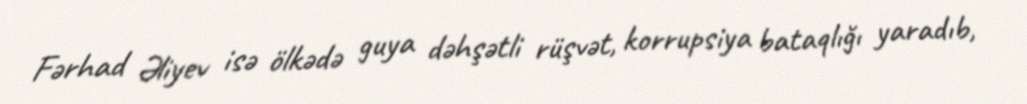
Fərhad Əliyev isə ölkədə guya dəhşətli rüşvət, korrupsiya bataqlığı yaradıb,